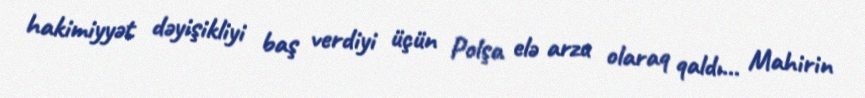
hakimiyyət dəyişikliyi baş verdiyi üçün Polşa elə arzu olaraq qaldı... Mahirin